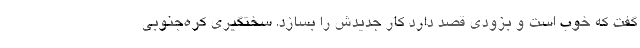
گفت که خوب است و بزودی قصد دارد کار جدیدش را بسازد. سختگیری کره‌جنوبی